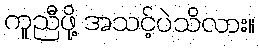
ကူညီဖို့ အသင့်ပဲသိလား။